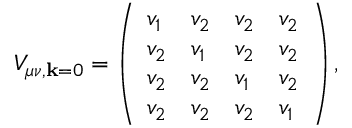
V _ { \mu \nu , \mathbf { k } = \boldsymbol { 0 } } = \left( \begin{array} { l l l l } { v _ { 1 } } & { v _ { 2 } } & { v _ { 2 } } & { v _ { 2 } } \\ { v _ { 2 } } & { v _ { 1 } } & { v _ { 2 } } & { v _ { 2 } } \\ { v _ { 2 } } & { v _ { 2 } } & { v _ { 1 } } & { v _ { 2 } } \\ { v _ { 2 } } & { v _ { 2 } } & { v _ { 2 } } & { v _ { 1 } } \end{array} \right) ,